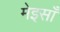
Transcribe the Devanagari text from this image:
मेइसाँ